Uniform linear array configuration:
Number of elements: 24
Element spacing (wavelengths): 0.25
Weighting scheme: hamming
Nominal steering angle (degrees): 15
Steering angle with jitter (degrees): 13.479
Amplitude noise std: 0.05
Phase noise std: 0.05

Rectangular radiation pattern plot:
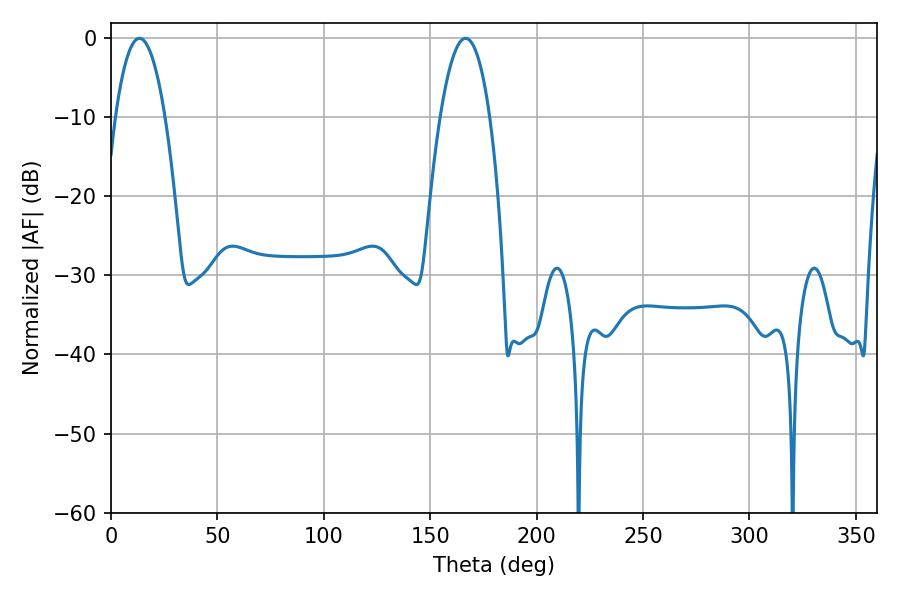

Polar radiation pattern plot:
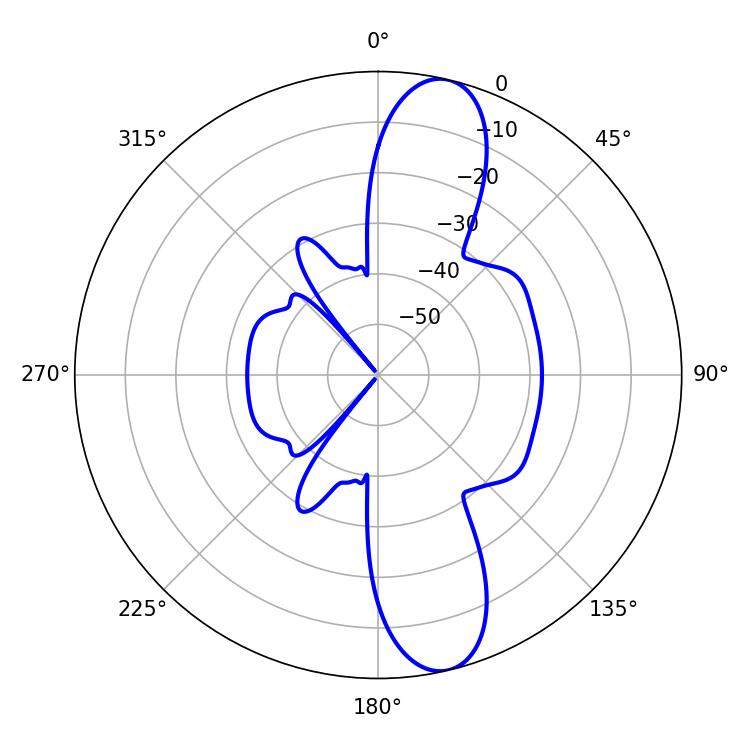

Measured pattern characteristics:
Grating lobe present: FALSE
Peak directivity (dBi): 12.409
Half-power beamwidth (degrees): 12.96
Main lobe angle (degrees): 13.32